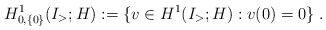
\begin{align*}H^1_{0,\{0\}}(I_>;H):= \{ v\in H^1(I_>;H) : v(0) = 0 \} \;. \end{align*}